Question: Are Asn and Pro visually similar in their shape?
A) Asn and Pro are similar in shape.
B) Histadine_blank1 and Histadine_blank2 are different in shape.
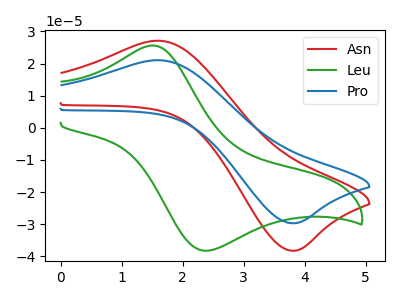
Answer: <think>The red curve "Asn" has an anodic peak at (1.60V, 27.10uA) and a cathodic peak at (3.75V, -38.25uA). The green curve "Leu" has an anodic peak at (1.50V, 25.60uA) and a cathodic peak at (2.35V, -38.20uA). The blue curve "Pro" has an anodic peak at (1.60V, 21.05uA) and a cathodic peak at (3.75V, -29.70uA).
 All the peaks in "Asn" have a peak in "Pro" at the same potential. Every peak in "Asn" is higher than every peak in "Pro".</think>
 <answer>A) "Asn" and "Pro" are similar in shape.</answer>
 <eval>A</eval>